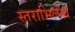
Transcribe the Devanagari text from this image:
स्तराभिलेख